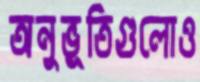
অনুভূতিগুলোও